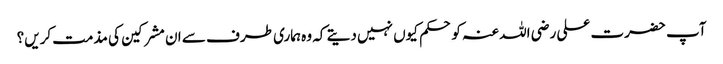
آپ حضرت علی رضی اللہ عنہ کو حکم کیوں نہیں دیتے کہ وہ ہماری طرف سے ان مشرکین کی مذمت کریں؟